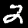
Digit: 2